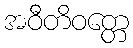
အဝီတိဝတ္တေ